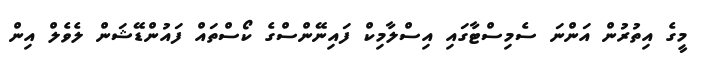
މީގެ އިތުރުން އަންނަ ސެމިސްޓާގައި އިސްލާމިކް ފައިނޭންސްގެ ކޯސްތައް ފައުންޑޭޝަން ލެވެލް އިން